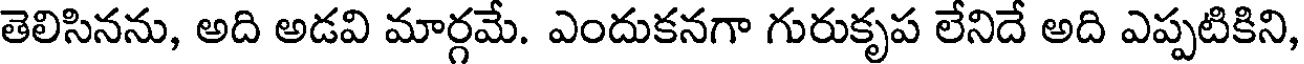
తెలిసినను, అది అడవి మార్గమే. ఎందుకనగా గురుకృప లేనిదే అది ఎప్పటికిని,